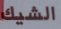
الشيك